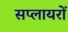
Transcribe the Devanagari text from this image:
सप्लायरों